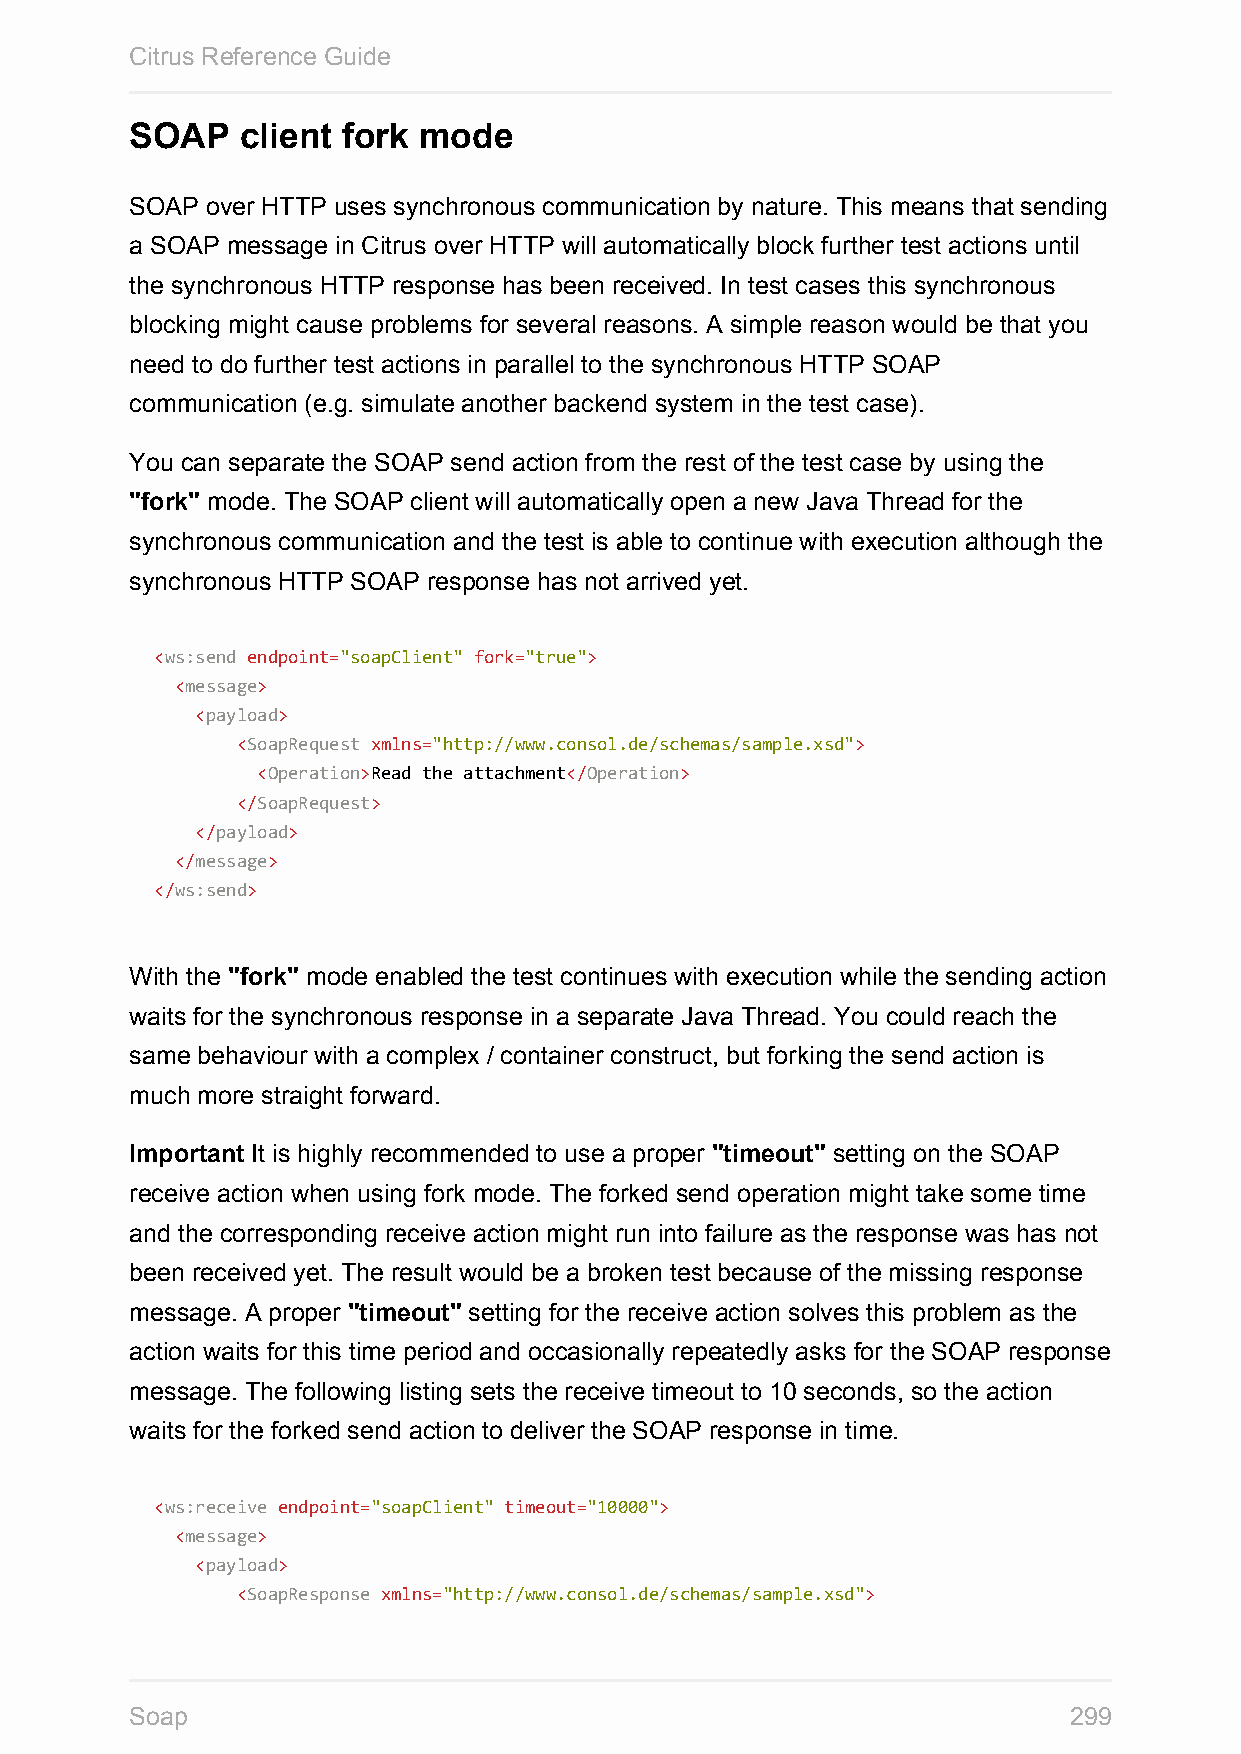
Citrus Reference Guide
 SOAP   client fork mode
 SOAP over HTTP uses synchronous communication by nature. This means that sending
 a SOAP message in Citrus over HTTP will automatically block further test actions until
 the synchronous HTTP response has been received. In test cases this synchronous
 blocking might cause problems for several reasons. A simple reason would be that you
 need to do further test actions in parallel to the synchronous HTTP SOAP
 communication (e.g. simulate another backend system in the test case).
 You can separate the SOAP send action from the rest of the test case by using the
 "fork" mode. The SOAP client will automatically open a new Java Thread for the
 synchronous communication and the test is able to continue with execution although the
 synchronous HTTP SOAP response has not arrived yet.
 <ws:send endpoint="soapClient" fork="true">
 <message>
 <payload>
 <SoapRequest xmlns="http://www.consol.de/schemas/sample.xsd">
 <Operation>Read the attachment</Operation>
 </SoapRequest>
 </payload>
 </message>
 </ws:send>
 With the "fork" mode enabled the test continues with execution while the sending action
 waits for the synchronous response in a separate Java Thread. You could reach the
 same behaviour with a complex / container construct, but forking the send action is
 much more straight forward.
 Important It is highly recommended to use a proper "timeout" setting on the SOAP
 receive action when using fork mode. The forked send operation might take some time
 and the corresponding receive action might run into failure as the response was has not
 been received yet. The result would be a broken test because of the missing response
 message. A proper "timeout" setting for the receive action solves this problem as the
 action waits for this time period and occasionally repeatedly asks for the SOAP response
 message. The following listing sets the receive timeout to 10 seconds, so the action
 waits for the forked send action to deliver the SOAP response in time.
 <ws:receive endpoint="soapClient" timeout="10000">
 <message>
 <payload>
 <SoapResponse xmlns="http://www.consol.de/schemas/sample.xsd">
 Soap                                                          299